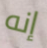
إنه